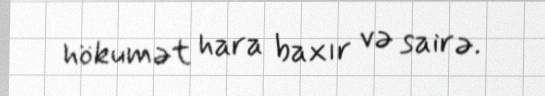
hökumət hara baxır və sairə.